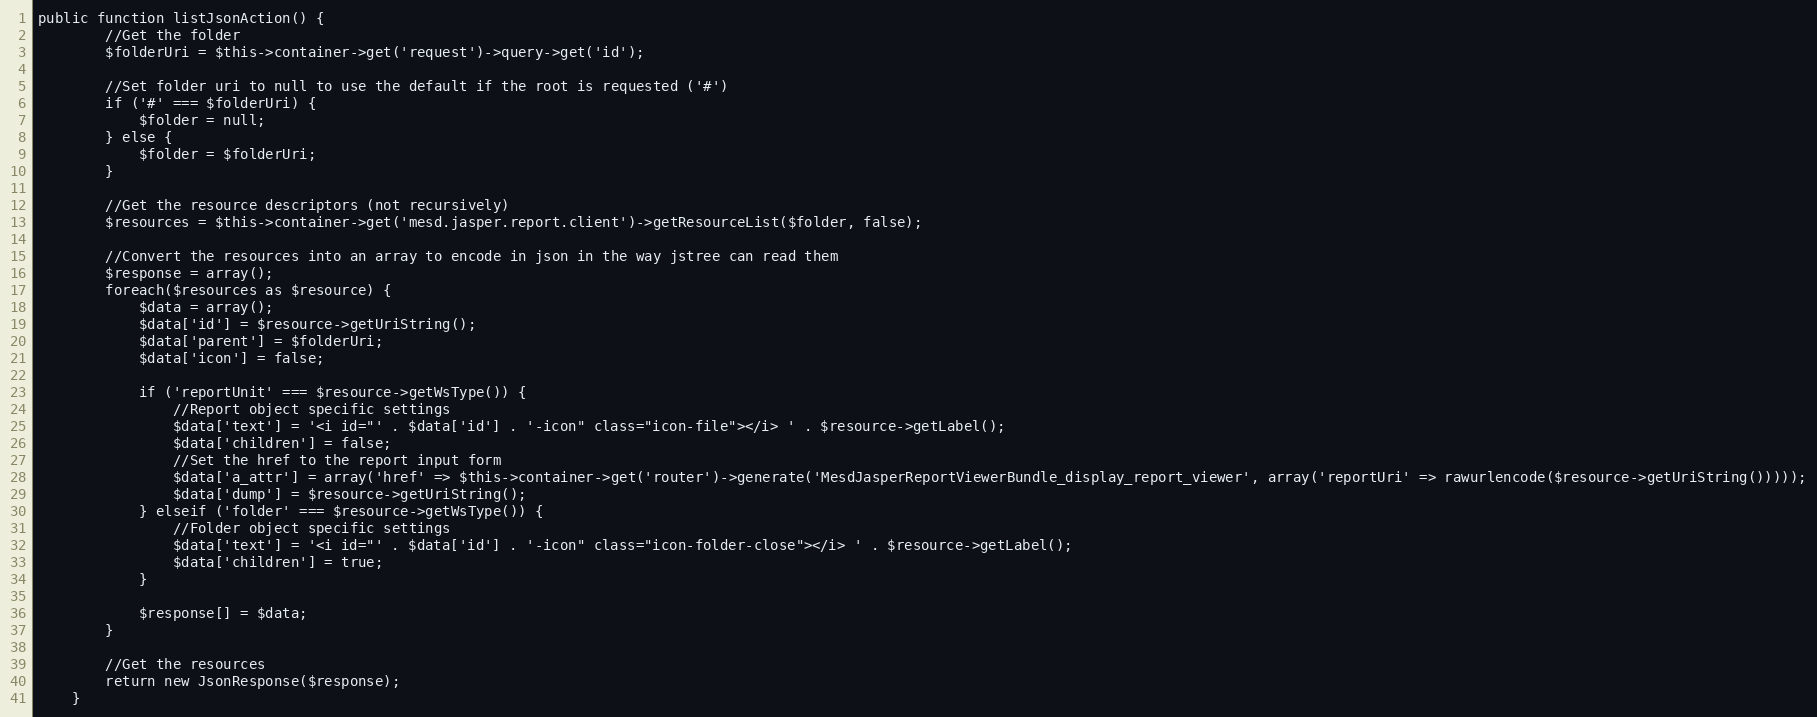
Language: PHP
public function listJsonAction() {
        //Get the folder
        $folderUri = $this->container->get('request')->query->get('id');

        //Set folder uri to null to use the default if the root is requested ('#')
        if ('#' === $folderUri) {
            $folder = null;
        } else {
            $folder = $folderUri;
        }

        //Get the resource descriptors (not recursively)
        $resources = $this->container->get('mesd.jasper.report.client')->getResourceList($folder, false);

        //Convert the resources into an array to encode in json in the way jstree can read them
        $response = array();
        foreach($resources as $resource) {
            $data = array();
            $data['id'] = $resource->getUriString();
            $data['parent'] = $folderUri;
            $data['icon'] = false;

            if ('reportUnit' === $resource->getWsType()) {
                //Report object specific settings
                $data['text'] = '<i id="' . $data['id'] . '-icon" class="icon-file"></i> ' . $resource->getLabel();
                $data['children'] = false;
                //Set the href to the report input form
                $data['a_attr'] = array('href' => $this->container->get('router')->generate('MesdJasperReportViewerBundle_display_report_viewer', array('reportUri' => rawurlencode($resource->getUriString()))));
                $data['dump'] = $resource->getUriString();
            } elseif ('folder' === $resource->getWsType()) {
                //Folder object specific settings
                $data['text'] = '<i id="' . $data['id'] . '-icon" class="icon-folder-close"></i> ' . $resource->getLabel();
                $data['children'] = true;
            }

            $response[] = $data;
        }

        //Get the resources
        return new JsonResponse($response);
    }